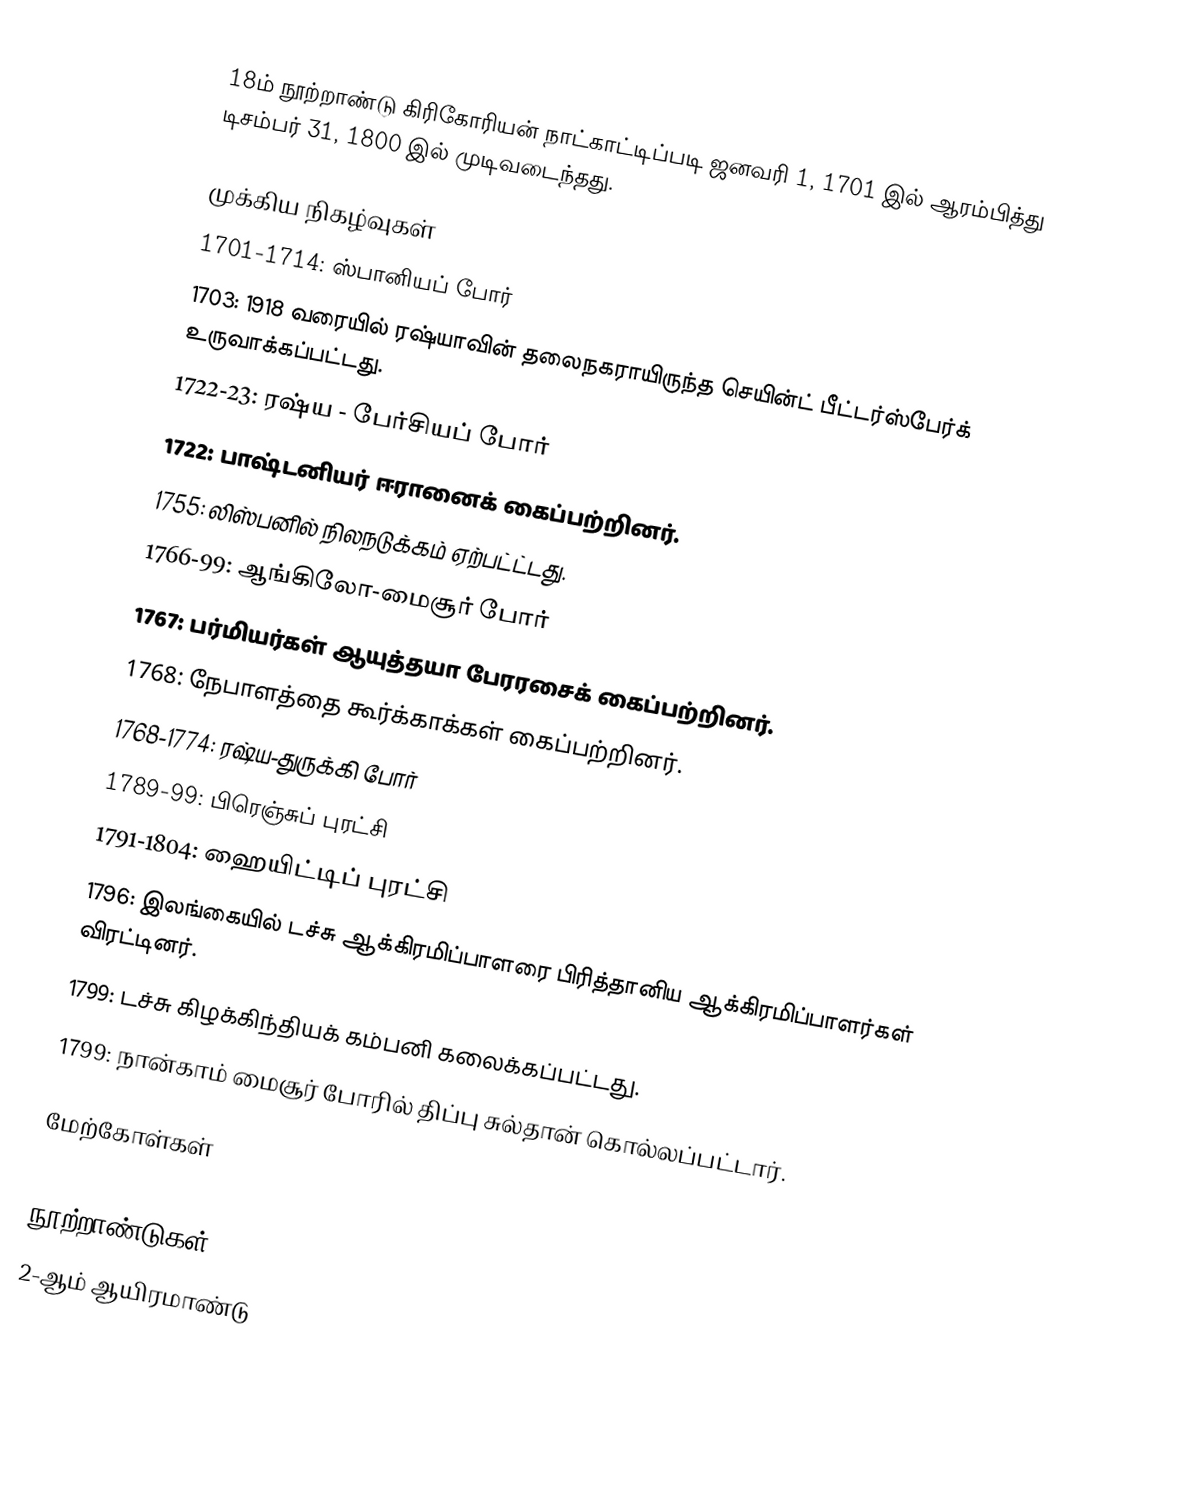
18ம் நூற்றாண்டு கிரிகோரியன் நாட்காட்டிப்படி ஜனவரி 1, 1701 இல் ஆரம்பித்து டிசம்பர் 31, 1800 இல் முடிவடைந்தது.

முக்கிய நிகழ்வுகள்
 1701-1714: ஸ்பானியப் போர்
 1703: 1918 வரையில் ரஷ்யாவின் தலைநகராயிருந்த செயின்ட் பீட்டர்ஸ்பேர்க் உருவாக்கப்பட்டது.
 1722-23: ரஷ்ய - பேர்சியப் போர்
 1722: பாஷ்டனியர் ஈரானைக் கைப்பற்றினர்.
 1755: லிஸ்பனில் நிலநடுக்கம் ஏற்பட்ட்டது.
 1766-99: ஆங்கிலோ-மைசூர் போர்
 1767: பர்மியர்கள் ஆயுத்தயா பேரரசைக் கைப்பற்றினர்.
 1768: நேபாளத்தை கூர்க்காக்கள் கைப்பற்றினர்.
 1768-1774: ரஷ்ய-துருக்கி போர்
 1789-99: பிரெஞ்சுப் புரட்சி
 1791-1804: ஹையிட்டிப் புரட்சி
 1796: இலங்கையில் டச்சு ஆக்கிரமிப்பாளரை பிரித்தானிய ஆக்கிரமிப்பாளர்கள் விரட்டினர்.
 1799: டச்சு கிழக்கிந்தியக் கம்பனி கலைக்கப்பட்டது.
 1799: நான்காம் மைசூர் போரில் திப்பு சுல்தான் கொல்லப்பட்டார்.

மேற்கோள்கள்

நூற்றாண்டுகள்
2-ஆம் ஆயிரமாண்டு